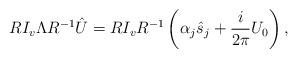
LaTeX: \begin{align*}R I_v\Lambda R^{-1} \hat{U}= R I_v R^{-1}\left(\alpha_j \hat{s}_j+\frac{i}{2 \pi} U_0 \right),\end{align*}